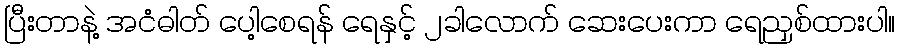
ပြီးတာနဲ့ အငံဓါတ် ပေါ့စေရန် ရေနှင့် ၂ခါလောက် ဆေးပေးကာ ရေညှစ်ထားပါ။